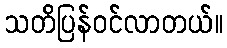
သတိပြန်ဝင်လာတယ်။